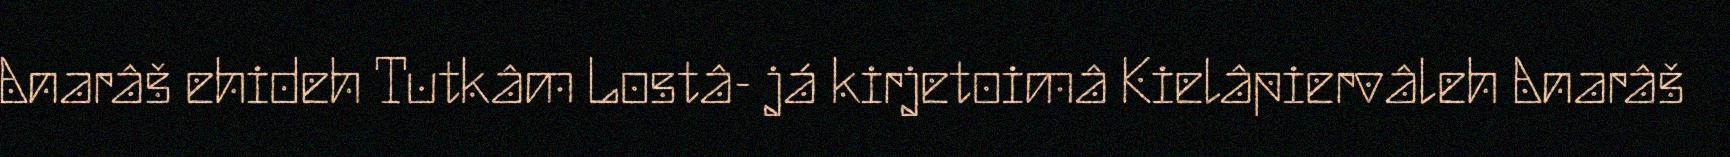
Anarâš ehideh Tutkâm Lostâ- já kirjetoimâ Kielâpiervâleh Anarâš